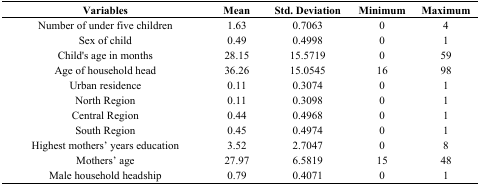
<table><thead><tr><td><b>Variables</b></td><td><b>Mean</b></td><td><b>Std. Deviation</b></td><td><b>Minimum</b></td><td><b>Maximum</b></td></tr></thead><tbody><tr><td>Number of under five children</td><td>1.63</td><td>0.7063</td><td>0</td><td>4</td></tr><tr><td>Sex of child</td><td>0.49</td><td>0.4998</td><td>0</td><td>1</td></tr><tr><td>Child's age in months</td><td>28.15</td><td>15.5719</td><td>0</td><td>59</td></tr><tr><td>Age of household head</td><td>36.26</td><td>15.0545</td><td>16</td><td>98</td></tr><tr><td>Urban residence</td><td>0.11</td><td>0.3074</td><td>0</td><td>1</td></tr><tr><td>North Region</td><td>0.11</td><td>0.3098</td><td>0</td><td>1</td></tr><tr><td>Central Region</td><td>0.44</td><td>0.4968</td><td>0</td><td>1</td></tr><tr><td>South Region</td><td>0.45</td><td>0.4974</td><td>0</td><td>1</td></tr><tr><td>Highest mothers’ years education</td><td>3.52</td><td>2.7047</td><td>0</td><td>8</td></tr><tr><td>Mothers’ age</td><td>27.97</td><td>6.5819</td><td>15</td><td>48</td></tr><tr><td>Male household headship</td><td>0.79</td><td>0.4071</td><td>0</td><td>1</td></tr></tbody></table>